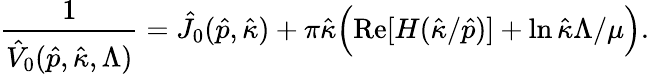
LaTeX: \frac{1}{\hat{V}_{0}(\hat{p},\hat{\kappa},\Lambda)}=\hat{J}_{0}(\hat{p},\hat{\kappa})+\pi\hat{\kappa}\Bigl(\mathrm{Re}[H(\hat{\kappa}/\hat{p})]+\ln\hat{\kappa}\Lambda/\mu\Bigr).